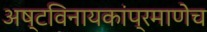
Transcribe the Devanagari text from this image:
अष्टविनायकांप्रमाणेच